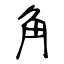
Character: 角